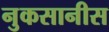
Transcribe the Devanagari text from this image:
नुकसानीस